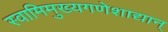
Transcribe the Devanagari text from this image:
स्वामिमुख्यगणेशाद्यान्